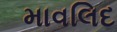
માવલિદ